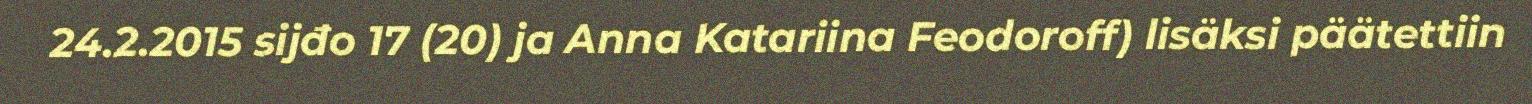
24.2.2015 sijđo 17 (20) ja Anna Katariina Feodoroff) lisäksi päätettiin